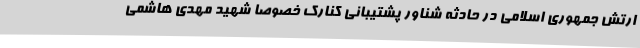
ارتش جمهوری اسلامی در حادثه شناور پشتیبانی کنارک خصوصا شهید مهدی هاشمی